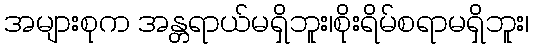
အများစုက အန္တရာယ်မရှိဘူး၊စိုးရိမ်စရာမရှိဘူး၊